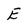
Character: E